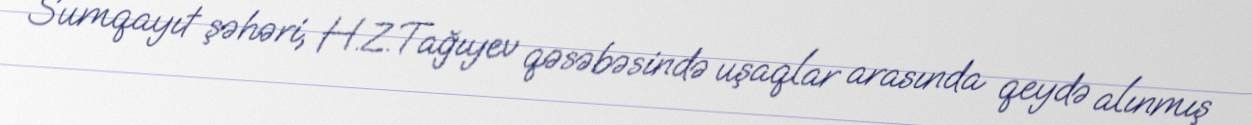
Sumqayıt şəhəri, H.Z.Tağıyev qəsəbəsində uşaqlar arasında qeydə alınmış